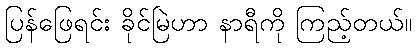
ပြန်ဖြေရင်း ခိုင်မြဲဟာ နာရီကို ကြည့်တယ်။